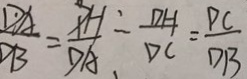
\frac { D A } { D B } = \frac { P H } { D A } _ { 、 } = \frac { D H } { D C } = \frac { P C } { D B }